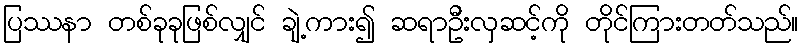
ပြဿနာ တစ်ခုခုဖြစ်လျှင် ချဲ့ကား၍ ဆရာဦးလှဆင့်ကို တိုင်ကြားတတ်သည်။